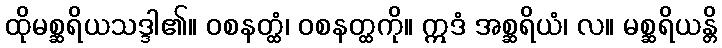
ထိုမစ္ဆရိယသဒ္ဒါ၏။ ဝစနတ္ထံ၊ ဝစနတ္ထကို။ ဣဒံ အစ္ဆရိယံ၊ လ။ မစ္ဆရိယန္တိ